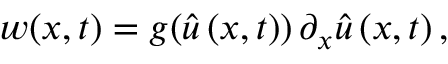
w ( x , t ) = g ( \widehat { u } \left( x , t \right) ) \, \partial _ { x } \widehat { u } \left( x , t \right) ,